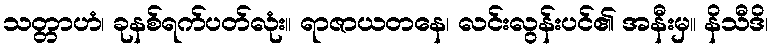
သတ္တာဟံ၊ ခုနစ်ရက်ပတ်လုံး။ ရာဇာယတနေ၊ လင်းလွန်းပင်၏ အနီးမှ။ နိသီဒိ၊